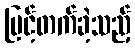
မြင့်တက်ခဲ့သည့်